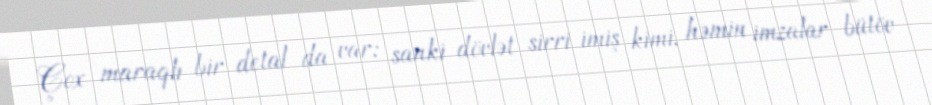
Çox maraqlı bir detal da var; sanki dövlət sirri imiş kimi, həmin imzalar bütöv